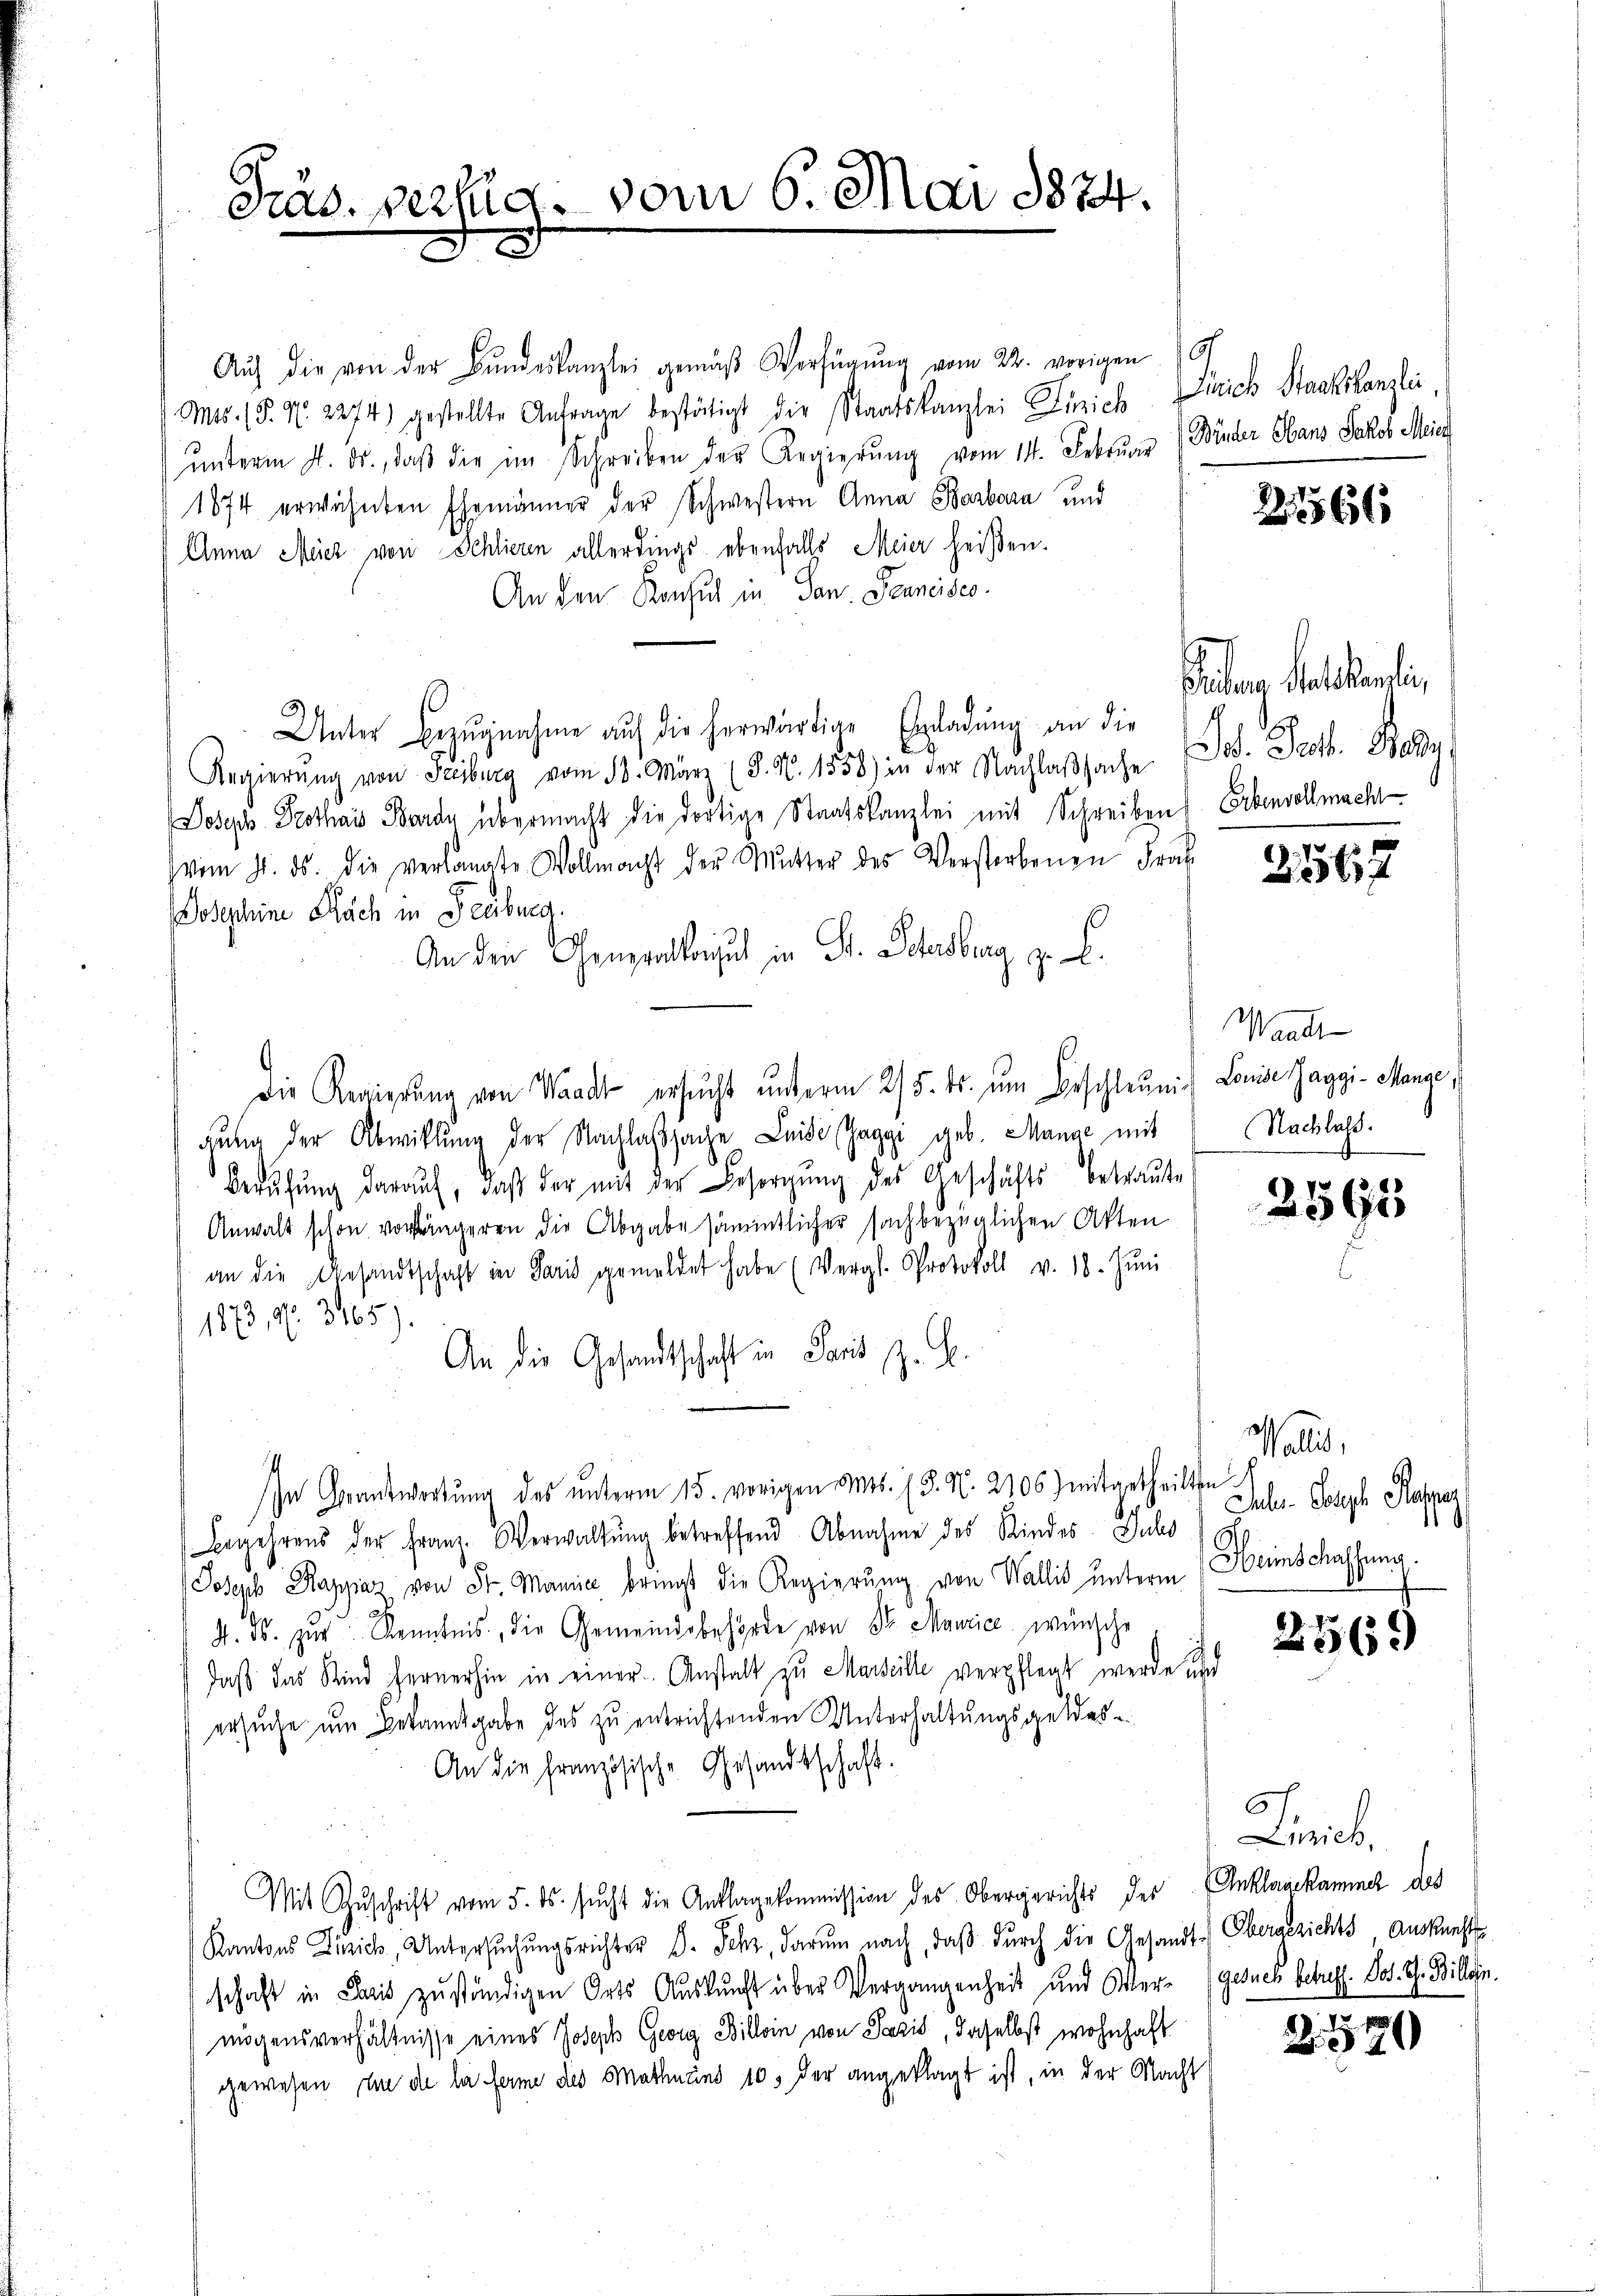
Präs. pertig. vom 6. Mai 1874.
e
.

Aŭf die von der Bŭndeskanzlei gemäβ Verfügŭng vom 22. vorigen 19
Mts. 15. No. 2274) gestellte Antrage bestätigt die Staatskanzlei Zürich Dirich Staatskanzlei
ŭnterm 4. ds., daβ die im Schreiben der Regierŭng vom 14. Febrŭar
1874 erwähnten Ehemänner der Schwestern Anna Barbara und
Anna Meier von Schlieren allerdings ebenfalls Meier heißen.
An den Konsul in San. Jenneides.
Unter Bezugnahme auf die herwärtige Einladung an die
Regierŭng von Freiburg vom 13. März (3. N. 1558) in der Nachlaßsache Jos. Prof. Bally
Joseph Prothais Borde übermacht die dortige Staatskanzlei mit Schreiben Erbenvollmacht
vom 7. ds. die verlangte Vollmacht der Mutter des Verstorbenen Frak
Josephine Nach in Freiburg.
An den Generalkonsul in St. Schensburg zu C.
Die Regierŭng von Waadt ersŭcht ŭnterm 25. ds. ŭm Beschleunig Louise Zaggi- Mange,
gŭng der Abwicklung der Nachlafsache Leide Gaggi geb. Manne mit
Berŭfŭng darauf, daβ der mit der Besorgŭng des Geschäfts betraŭte
Anwalt schon vorringeren die Abgabe sämmtlicher sachbezüglichen Akten
an die Gesandtschaft in Paris gemeldet habe (Vergl. Protokoll v. 18. Jŭni
1873, d. 3165).
An die Gesandtschaft in Paris z. B.
In Verantwortung des unterm 15. vorigen Mos. (T. N. 2106 mitgetheilten
Begehrens der Franz. Verwaltŭng betreffend Abnahme des Kindes Juli 18
Joseph Rappaz von Sr. Mannie bringst die Regierung von Wallis unterm
4. ds. zur Kenntnis, die Gemeindsbehörde von Sr. Maurice wünsche
daß das Kind fernerhin in einer Anstalt zu Marseille verpflegt werde und
ersuche um Bekanntgabe des zu entrichtenden Unterhaltungsgeldes
An die Französische Gesandtschaft.
Mit Zŭschrift vom 5. ds. sŭcht die Anklagekommission des Obergerichts der Anklagekammel des
Kantons Zürich, Untersŭchŭngsrichter D. Sehr, darum nach, daβ dŭrch die Gesandt-Obergerichts, Auskunft
schaft in Paris zŭständigen Orts Aŭskŭnft über Vergangenheit und Ver- (gesuch betreff. St. G. Billen.
mögensverhältnisse eines Joseph Georg Billin von Lazić, daselbst wohnhaft
gewesen in de la ferme des Mathnund 105 der angeklagt ist, in der Macht

Winder Hans Jakob Mein

266

Seen Mal kantin,

3567

Waadt
Nachlaß.
.

2595

1
Wallis,
Juhr. Posch Rappar
¬
Heimschaffung.

2569

G
Liich,

2520